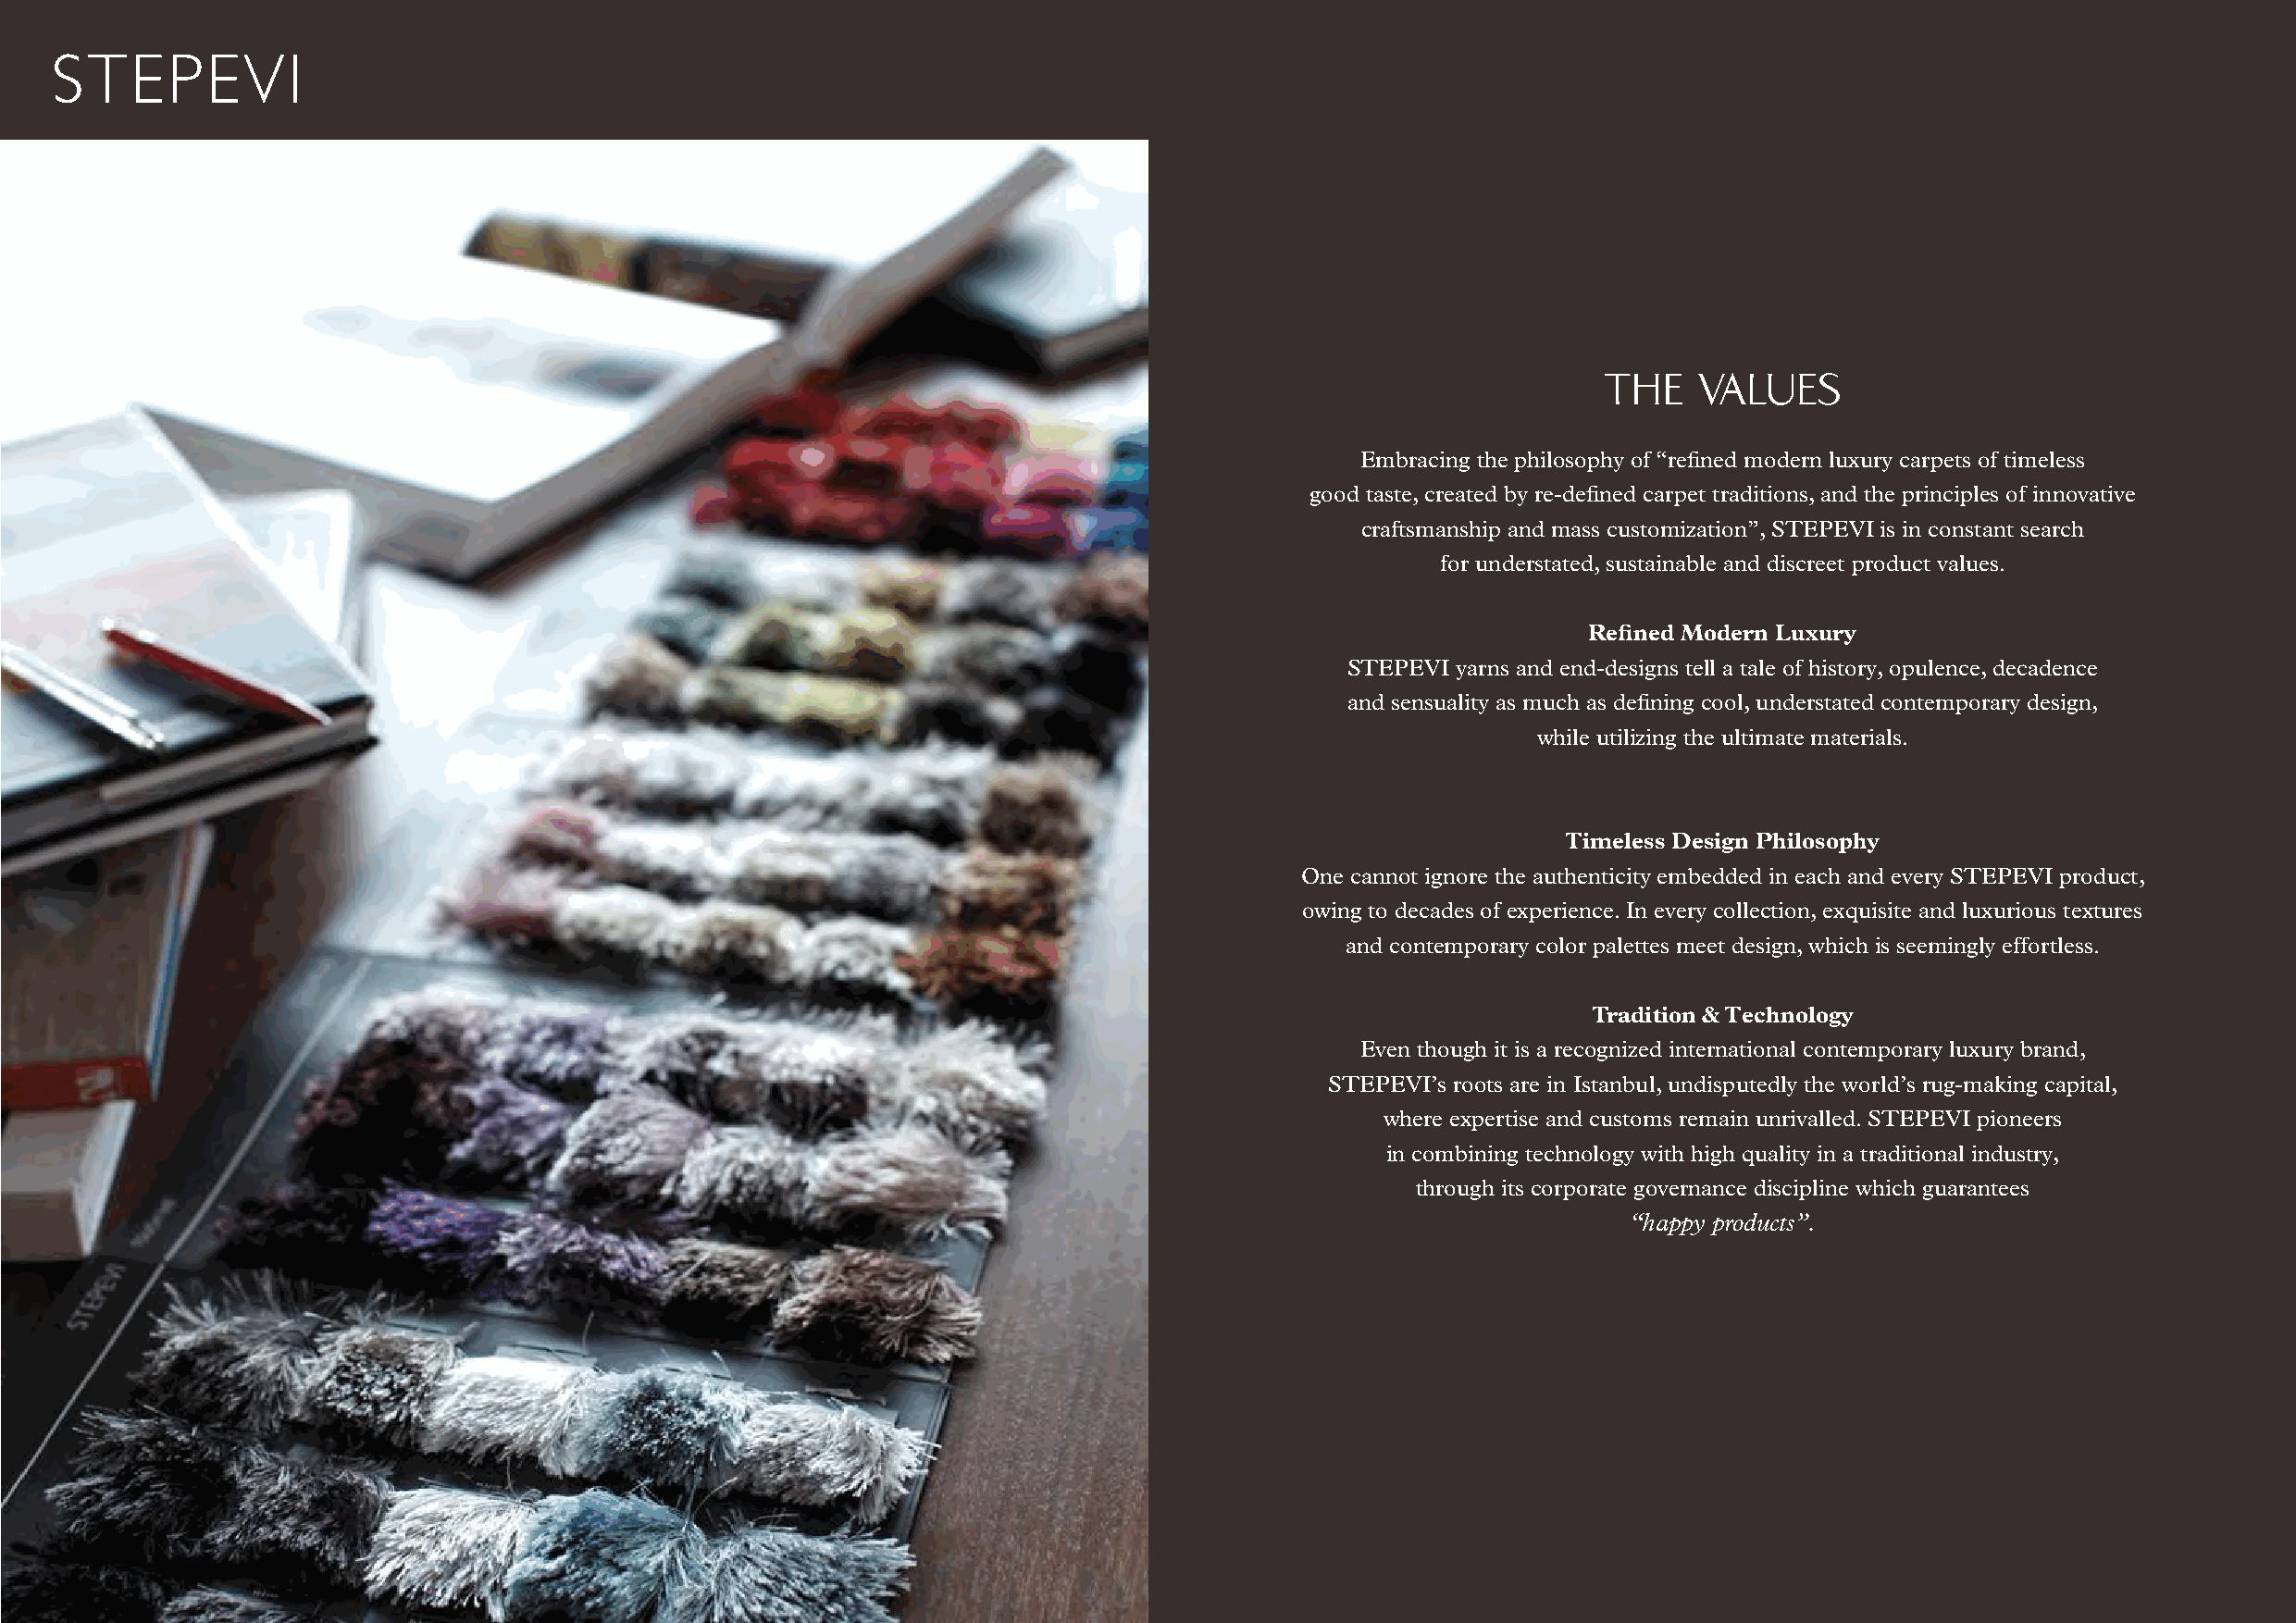
THE   VALUES
 Embracing the philosophy of “refined modern luxury carpets of timeless
 good taste, created by re-defined carpet traditions, and the principles of innovative
 craftsmanship and mass customization”, STEPEVI is in constant search
 for understated, sustainable and discreet product values.
 Refined Modern Luxury
 STEPEVI yarns and end-designs tell a tale of history, opulence, decadence
 and sensuality as much as defining cool, understated contemporary design,
 while utilizing the ultimate materials.
 Timeless Design Philosophy
 One cannot ignore the authenticity embedded in each and every STEPEVI product,
 owing to decades of experience. In every collection, exquisite and luxurious textures
 and contemporary color palettes meet design, which is seemingly effortless.
 Tradition & Technology
 Even though it is a recognized international contemporary luxury brand,
 STEPEVI’s roots are in Istanbul, undisputedly the world’s rug-making capital,
 where expertise and customs remain unrivalled. STEPEVI pioneers
 in combining technology with high quality in a traditional industry,
 through its corporate governance discipline which guarantees
 “happy products”.